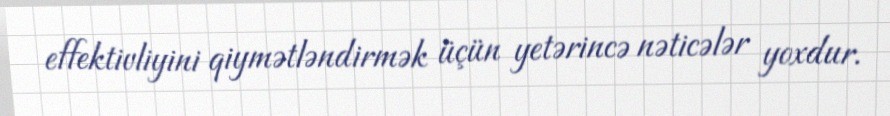
effektivliyini qiymətləndirmək üçün yetərincə nəticələr yoxdur.